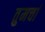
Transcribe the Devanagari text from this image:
तुमचां